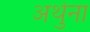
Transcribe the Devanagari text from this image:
अर्थुना